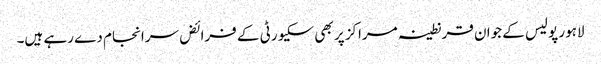
لاہور پولیس کے جوان قرنطینہ مراکز پر بھی سکیورٹی کے فرائض سرانجام دے رہے ہیں۔